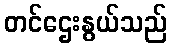
တင်ဌေးနွယ်သည်